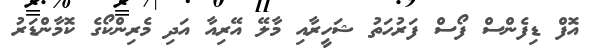
އޮފް ޑިފެންސް ފޯސް ފަރުހަތު ޝަހީރާއި މާލޭ އޭރިއާ އަދި މެރިންކޯގެ ކޮމާންޑަރު